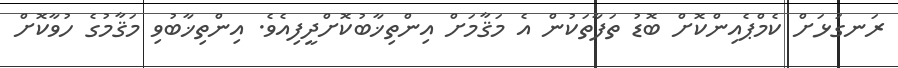
ރަނގަޅަށް ކެމްޕެއިންކޮށް ބޮޑު ތަފާތަކުން އެ މަޤާމަށް އިންތިޚާބުކޮށްދީފިއެވެ. އިންތިޚާބުވި މަޤާމުގެ ހުވާކޮށް